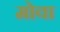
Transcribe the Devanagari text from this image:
मोवा